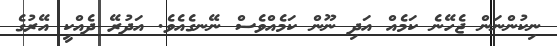
ނިކުންނަން ޖެހޭނެ ކަމެއް އަދި ނޫން ކަމެއްވެސް ނޭނގެއެވެ. އަދުރޭ ދެއްކީ އޭރުގެ